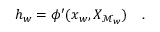
h _ { w } = \phi ^ { \prime } ( x _ { w } , X _ { \mathcal { M } _ { w } } ) \quad .